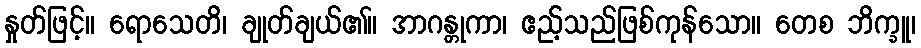
နှုတ်ဖြင့်။ ရောသေတိ၊ ချုတ်ချယ်၏။ အာဂန္တုကာ၊ ဧည့်သည်ဖြစ်ကုန်သော။ တေစ ဘိက္ခူ၊